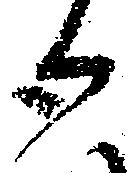
御